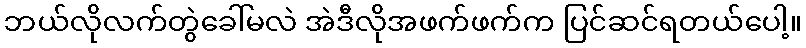
ဘယ်လိုလက်တွဲခေါ်မလဲ အဲဒီလိုအဖက်ဖက်က ပြင်ဆင်ရတယ်ပေါ့။